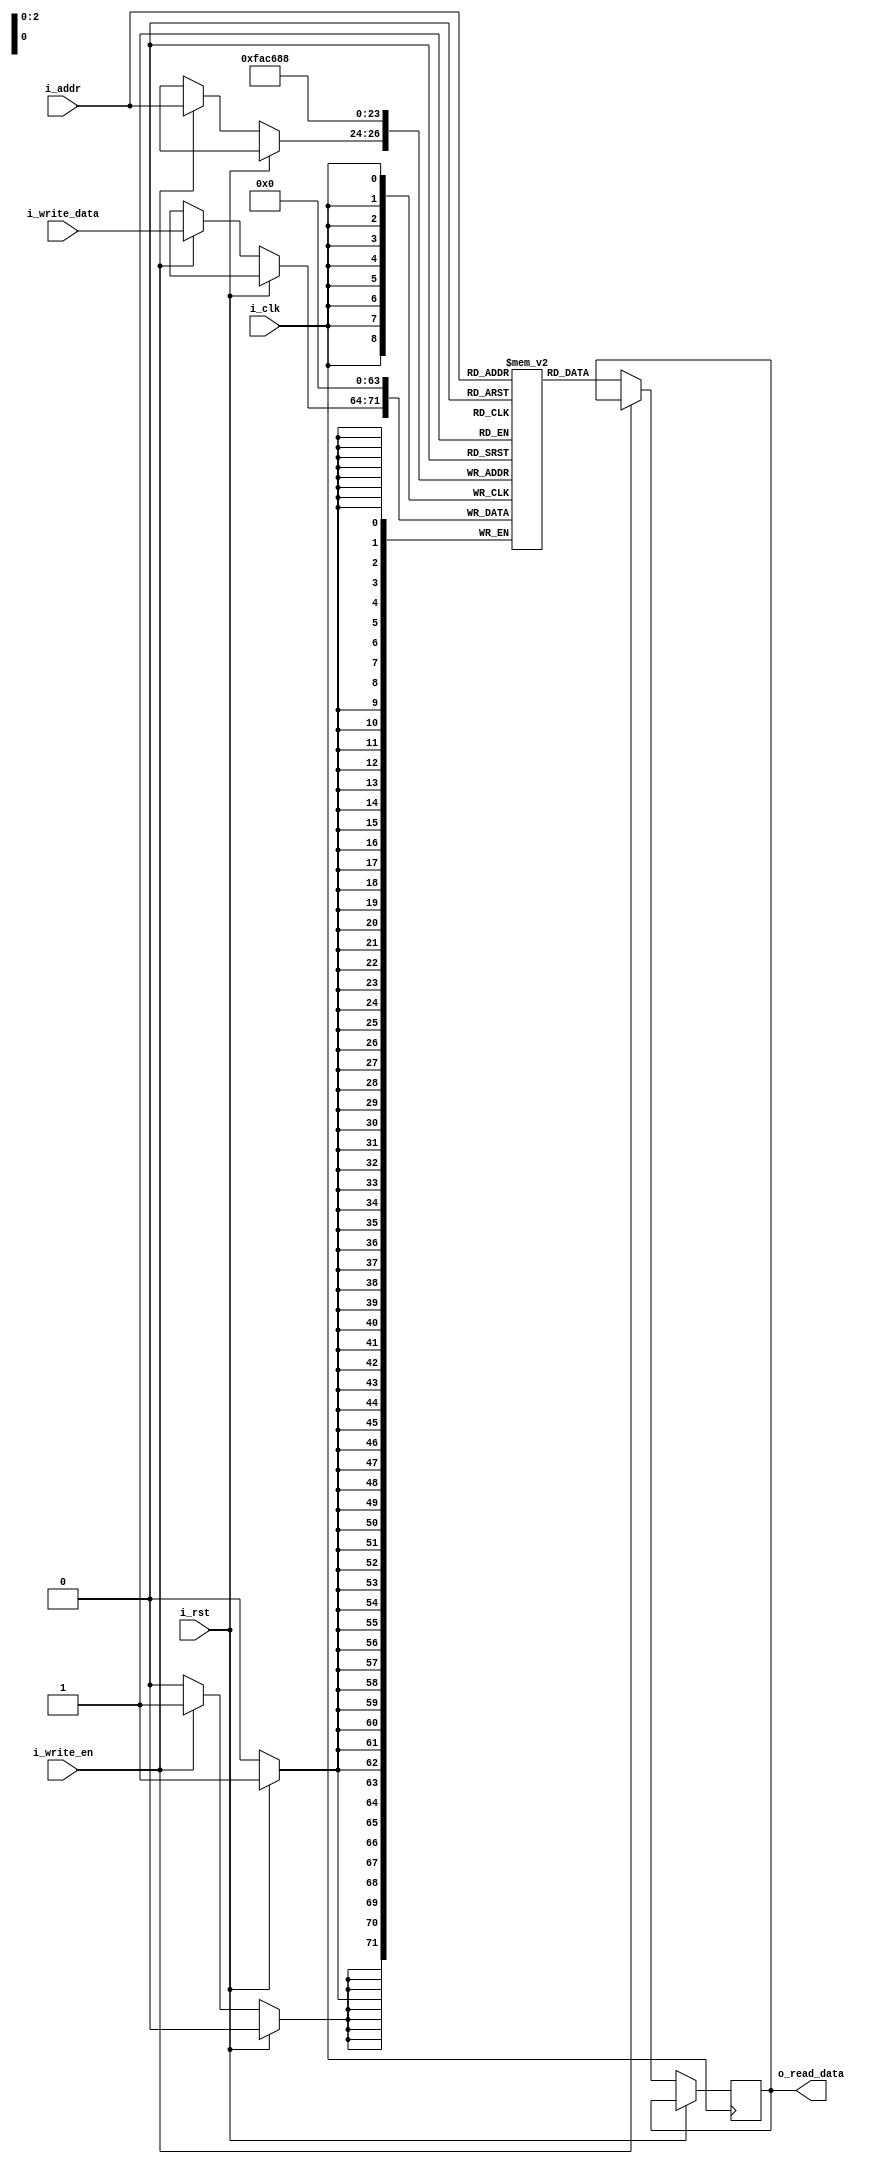
`timescale 1ns / 1ps
//////////////////////////////////////////////////////////////////////////////////
// Company: 
// Engineer: 
// 
// Design Name: 
// Module Name: RAM
// Project Name: 
// Target Devices: 
// Tool Versions: 
// Description: 
// 
// Dependencies: 
// 
// Revision:
// Revision 0.01 - File Created
// Additional Comments:
// 
//////////////////////////////////////////////////////////////////////////////////


module RAM(i_clk, i_rst, i_write_en, i_addr, i_write_data, o_read_data);
parameter DATA_W = 8;
parameter SIZE = 8;
parameter ADDR_W = 3;

input i_clk, i_rst, i_write_en;
input [ADDR_W-1:0] i_addr;
input [DATA_W-1:0] i_write_data;
output reg [DATA_W-1:0] o_read_data;

reg[DATA_W-1:0] mem[0:SIZE-1];

integer i;

always @ (posedge i_clk) begin
    if(i_rst) begin //reset everything to zero
        for(i=0; i<SIZE; i=i+1) begin
            mem[i] <= 0;
        end
    end
    else begin
    if(i_write_en)
        mem[i_addr] <= i_write_data;
    else
        o_read_data <= mem[i_addr];
    end
end
endmodule